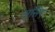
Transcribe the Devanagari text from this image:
लुसिए